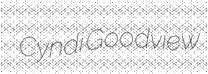
Cyndi Goodview